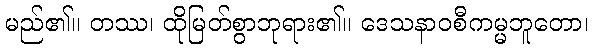
မည်၏။ တဿ၊ ထိုမြတ်စွာဘုရား၏။ ဒေသနာဝစီကမ္မဘူတော၊